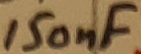
Text: 150nF